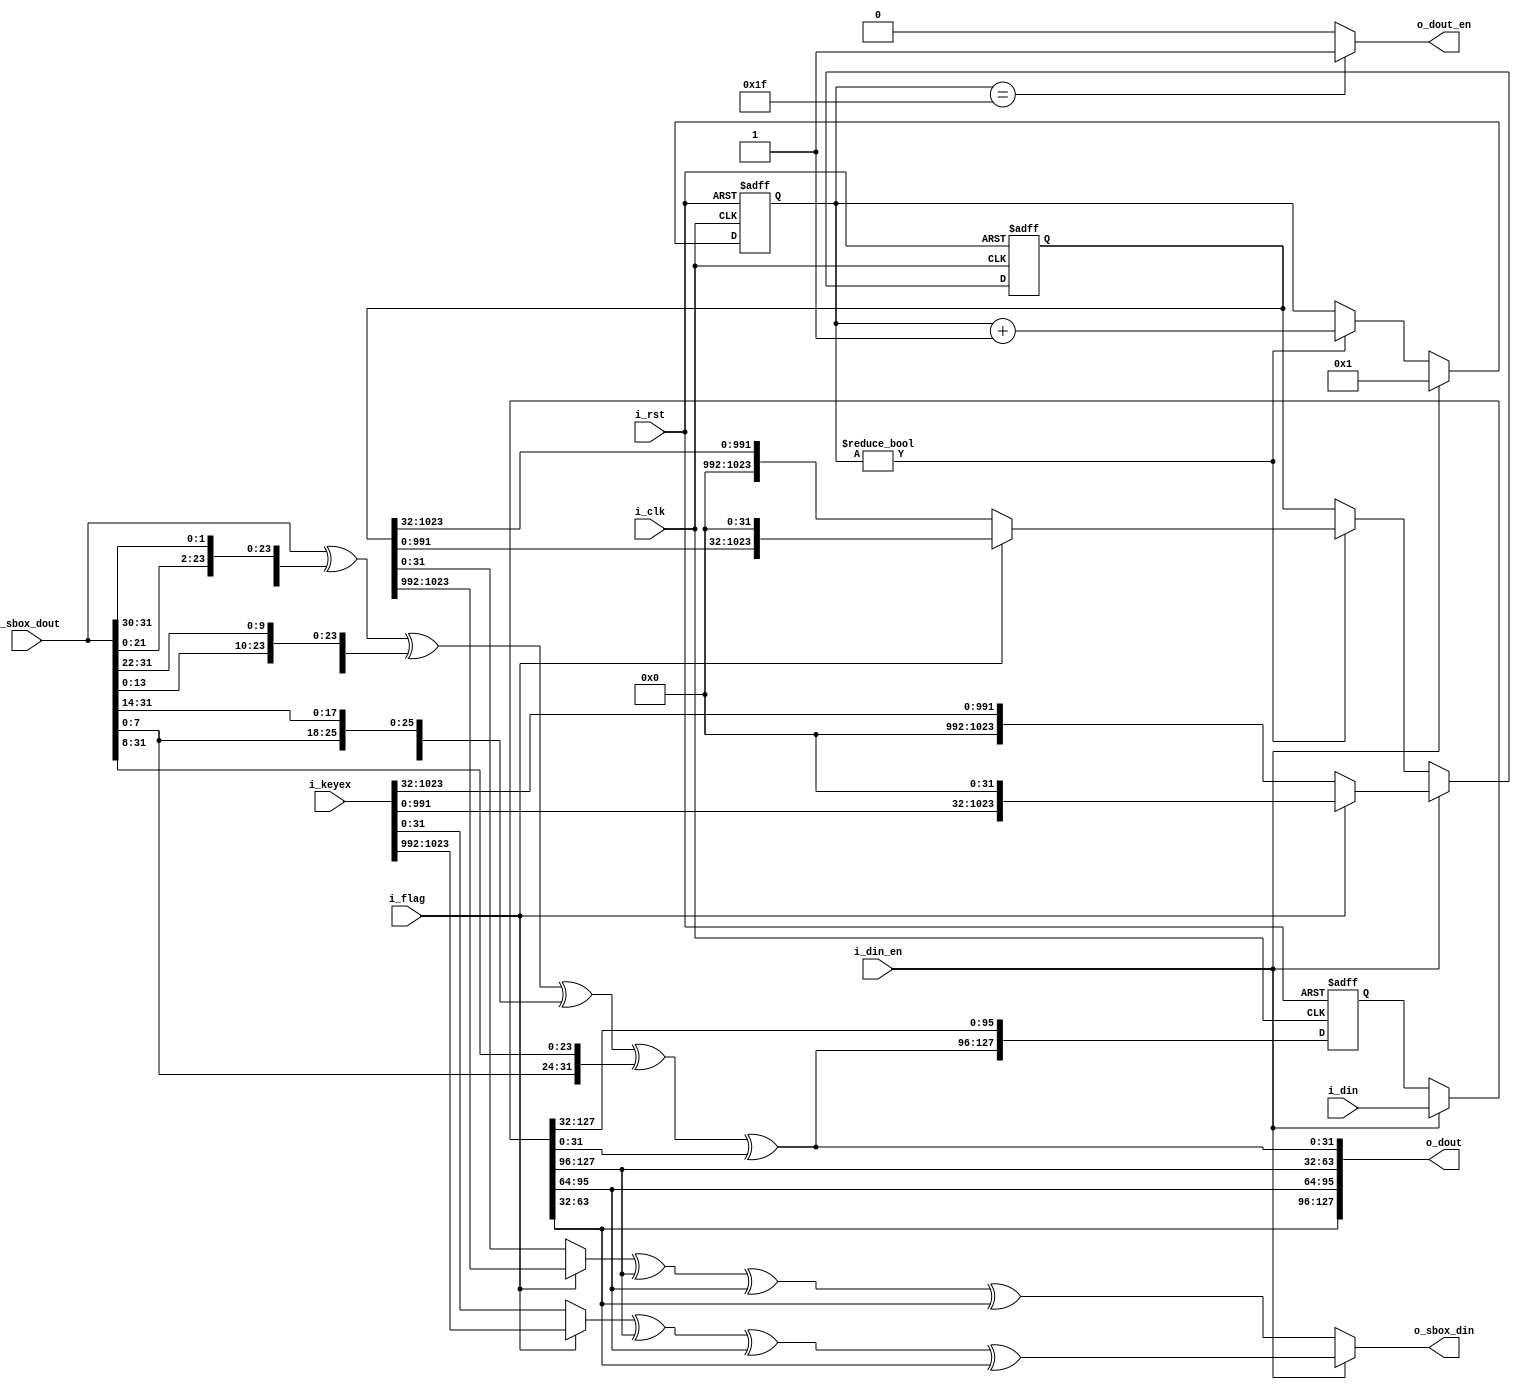
/*  
Copyright 2019 XCrypt Studio                
																	 
Licensed under the Apache License, Version 2.0 (the "License");         
you may not use this file except in compliance with the License.        
You may obtain a copy of the License at                                 
																	 
 http://www.apache.org/licenses/LICENSE-2.0                          
																	 
Unless required by applicable law or agreed to in writing, software    
distributed under the License is distributed on an "AS IS" BASIS,       
WITHOUT WARRANTIES OR CONDITIONS OF ANY KIND, either express or implied.
See the License for the specific language governing permissions and     
limitations under the License.                                          
*/  

// ------------------------------------------------------------------------------
// Function         :   SM4 Cryptographic Algorithm Core Data Encrypt&Decrypt
// ------------------------------------------------------------------------------
// Version            v-1.0
// ------------------------------------------------------------------------------

module sm4_dpc(
	input				i_clk,
	input				i_rst,
	input 				i_flag,  //1-encrpt,0-decrypt
	input  [1023:0] 	i_keyex,
    input  [127:0]   	i_din,
    input           	i_din_en,
    output [127:0]   	o_dout,
    output          	o_dout_en,
	output [31:0]		o_sbox_din,
	input  [31:0]		i_sbox_dout
);

	localparam DLY = 1;
	
	reg  [4:0]	 r_count;	
	reg  [127:0] r_din;
    reg [1023:0] r_keyex;
	wire [127:0] s_din;
	wire [31:0]  s_ikey;
	wire [31:0]  s_rkey;
	
	
	function [127:0] SWAP;
		input [127:0] D;
		begin
			SWAP = {D[31:0],D[63:32],D[95:64],D[127:96]};
		end
	endfunction
	
	function [31:0] L;
		input [31:0] D;
		begin
			L= D^{D[29:0],D[31:30]}^{D[21:0],D[31:22]}^{D[13:0],D[31:14]}^{D[7:0],D[31:8]};
		end
	endfunction
	
	always@(posedge i_clk or posedge i_rst) begin
		if(i_rst) 
			r_count <= #DLY 5'b0;
		else if(i_din_en)
			r_count <= #DLY 5'd1;
		else if(r_count!=5'd0)
			r_count <= #DLY r_count + 5'd1;
	end
	
	always@(posedge i_clk  or posedge i_rst) begin
		if(i_rst)
			r_keyex <= #DLY 1024'b0;
		else if(i_din_en) begin
			if(i_flag)
				r_keyex <= #DLY {i_keyex[32*31-1:0],32'b0};
			else 
				r_keyex <= #DLY {32'b0,i_keyex[32*32-1:32]};
		end else if(r_count!=5'd0)begin
			if(i_flag)
				r_keyex <= #DLY {r_keyex[32*31-1:0],32'b0};
			else	
				r_keyex <= #DLY {32'b0,r_keyex[32*32-1:32]};
		end
	end 
	 	
	assign s_ikey = i_flag ? i_keyex[32*32-1:32*31] : i_keyex[31:0];
	assign s_rkey = i_flag ? r_keyex[32*32-1:32*31] : r_keyex[31:0];
	
	assign s_din = i_din_en ? i_din : r_din;	
	assign o_sbox_din = i_din_en ? (s_ikey^s_din[127:96]^s_din[95:64]^s_din[63:32]):(s_rkey^s_din[127:96]^s_din[95:64]^s_din[63:32]);

	always@(posedge i_clk  or posedge i_rst) begin
		if(i_rst)
			r_din <= #DLY 128'b0;
		else
			r_din <= #DLY {L(i_sbox_dout)^s_din[31:0],s_din[127:32]};
	end	
	
	assign o_dout = SWAP({L(i_sbox_dout)^s_din[31:0],s_din[127:32]});	
	assign o_dout_en = (r_count==5'd31) ? 1'b1:1'b0;
	
endmodule